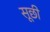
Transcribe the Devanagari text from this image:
सूछी